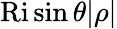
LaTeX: \mathrm{Ri}\sin\theta|\rho|